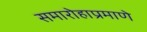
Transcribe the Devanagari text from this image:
समारोहाप्रमाणे